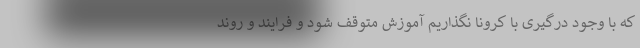
که با وجود درگیری با کرونا نگذاریم آموزش متوقف شود و فرایند و روند